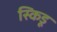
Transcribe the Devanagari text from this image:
स्किडू